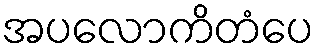
အပလောကိတံပေ